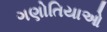
ગણોતિયાઓ